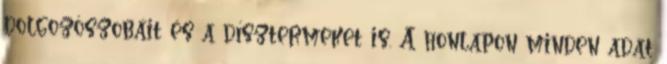
dolgozószobáit és a dísztermeket is. A honlapon minden adat